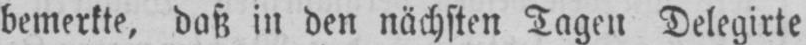
bemerkte, daß in den nächsten Tagen Delegirte